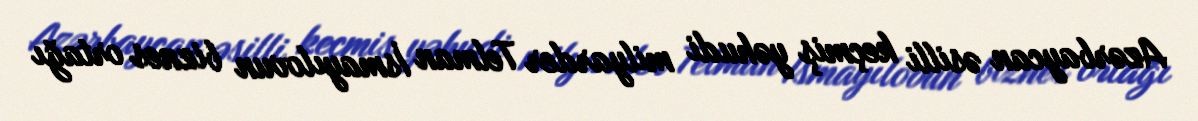
Azərbaycan əsilli keçmiş yəhudi milyarder Telman İsmayılovun biznes ortağı